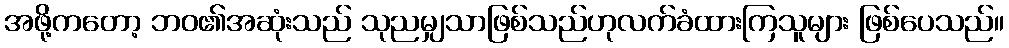
အဖို့ကတော့ ဘဝ၏အဆုံးသည် သုညမျှသာဖြစ်သည်ဟုလက်ခံထားကြသူများ ဖြစ်ပေသည်။